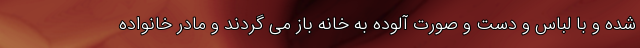
شده و با لباس و دست و صورت آلوده به خانه باز می گردند و مادر خانواده